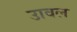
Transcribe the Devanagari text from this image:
उावल